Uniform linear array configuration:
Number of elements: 4
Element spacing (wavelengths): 0.75
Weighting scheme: uniform
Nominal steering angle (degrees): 45
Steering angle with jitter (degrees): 46.459
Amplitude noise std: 0.05
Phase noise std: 0.05

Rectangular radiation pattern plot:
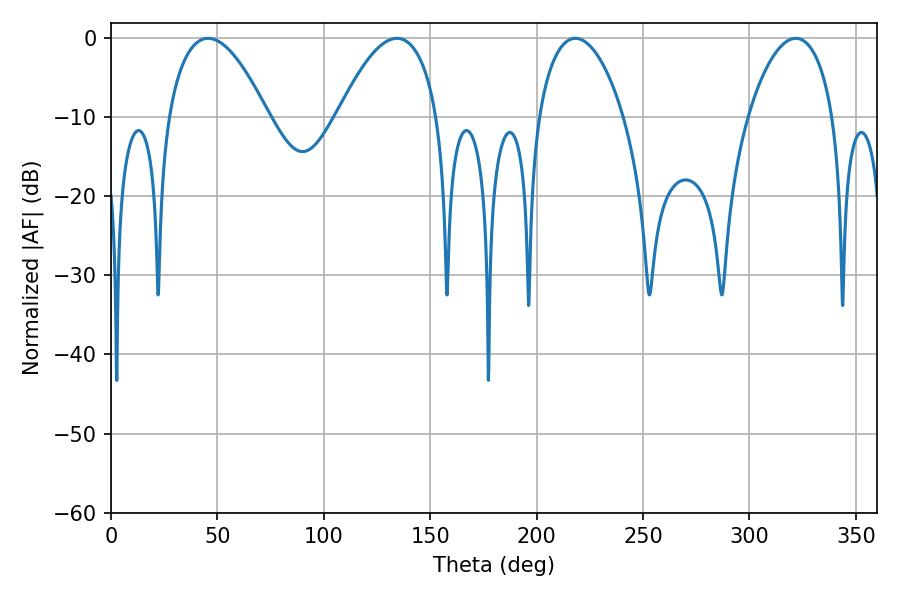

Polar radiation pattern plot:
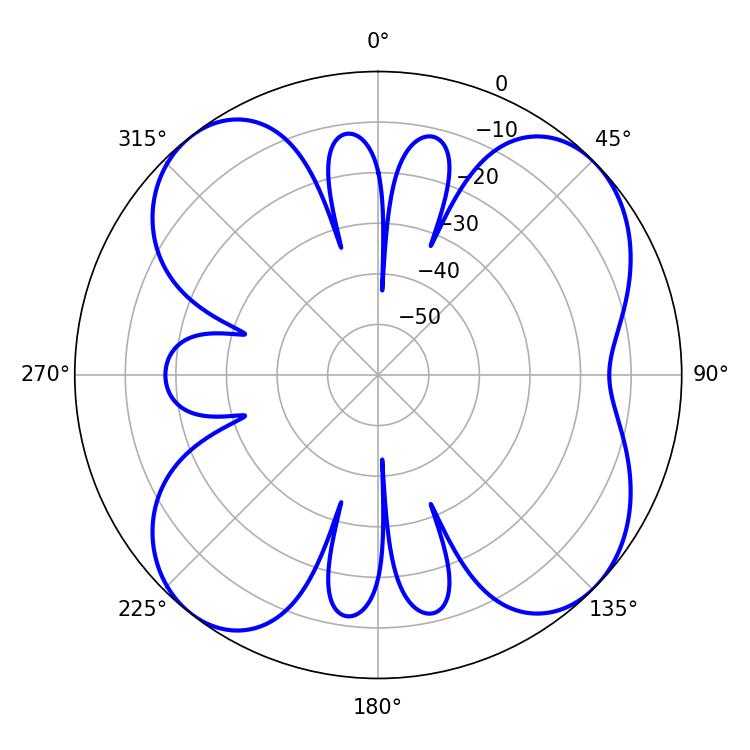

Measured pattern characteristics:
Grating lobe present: TRUE
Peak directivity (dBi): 9.98
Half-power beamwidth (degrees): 22.68
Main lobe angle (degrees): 218.16